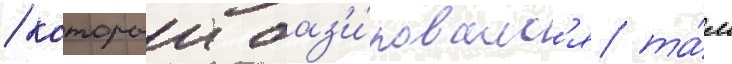
/ которыи баз'и́ровалс'я та́м